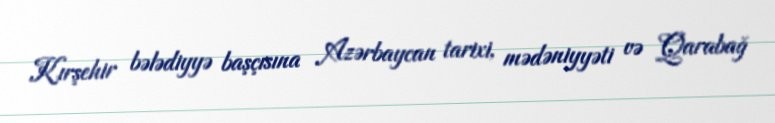
Kırşehir bələdiyyə başçısına Azərbaycan tarixi, mədəniyyəti və Qarabağ